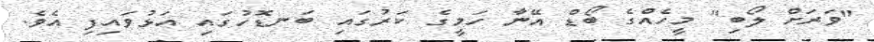
"ވަރަށް ލޯބި" މީހެއްގެ ބޯޑް އޭނާ ހަމީގެ ކަރުގައި ބަނޑޮހުގައި އަޅުވައިފި އެވެ.